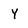
Character: Y